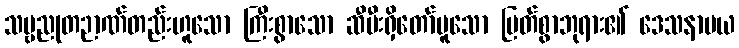
သဗ္ဗညုတဉာဏ်တည်းဟူသော ကြီးစွာသော ဆီမီးရှိတော်မူသော မြတ်စွာဘုရား၏ ဒေသနာမယ